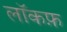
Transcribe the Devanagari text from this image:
लॉकफ़